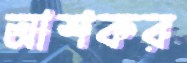
আশকর